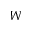
W